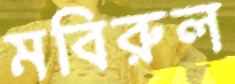
মবিরুল